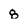
Character: 8